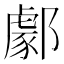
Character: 𨞙